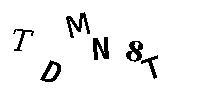
TDMN8T